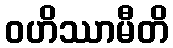
ဝဟိဿာမီတိ